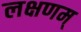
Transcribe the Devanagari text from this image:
लक्षणम्